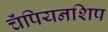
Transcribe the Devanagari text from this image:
चॅंपियनशिप